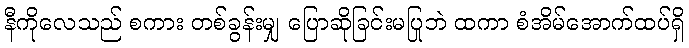
နီကိုလေသည် စကား တစ်ခွန်းမျှ ပြောဆိုခြင်းမပြုဘဲ ထကာ စံအိမ်အောက်ထပ်ရှိ